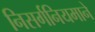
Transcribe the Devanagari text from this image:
निसर्गनियमाने